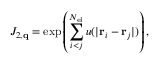
J _ { 2 , \mathbf { q } } = \exp \left( \sum _ { i < j } ^ { N _ { \mathrm { e l } } } u ( | \mathbf { r } _ { i } - \mathbf { r } _ { j } | ) \right) ,